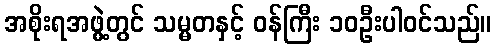
အစိုးရအဖွဲ့တွင် သမ္မတနှင့် ဝန်ကြီး ၁၀ဦးပါဝင်သည်။